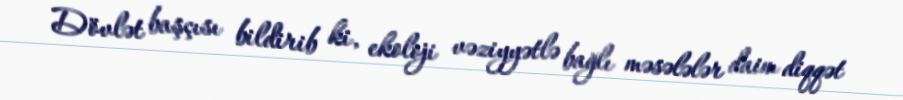
Dövlət başçısı bildirib ki, ekoloji vəziyyətlə bağlı məsələlər daim diqqət